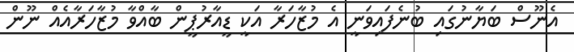
އެނޫސް ބަޔާނުގައި ބުނެފައިވަނީ އެ މުޒާހަރާ އަކީ ޑީއާރުޕީން ބާއްވާ މުޒާހަރާއެއް ނޫން